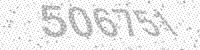
Solution: 506751